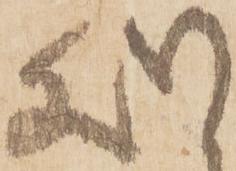
処